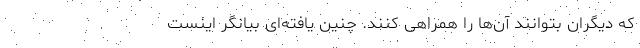
که دیگران بتوانند آن‌ها را همراهی کنند. چنین یافته‌ای بیانگر اینست